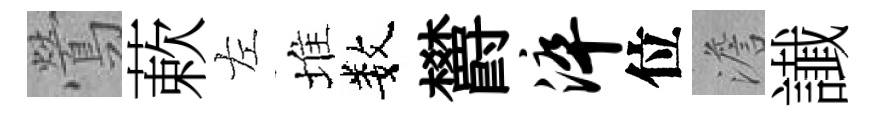
鶯蔌左堆数欝淬位澹䜟